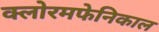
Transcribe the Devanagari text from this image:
क्लोरमफेनिकाल